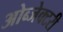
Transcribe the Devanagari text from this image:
ओब्जेक्टरी